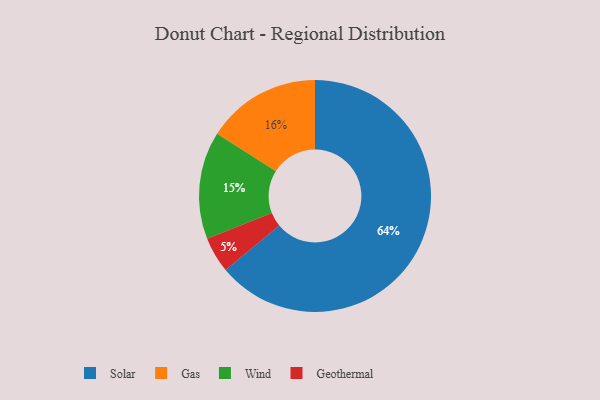
{"axis": {"x": "Category", "y": "Percentage"}, "legend": ["Gas", "Geothermal", "Solar", "Wind"], "data": [{"x": "Geothermal", "y": 5, "type": "Geothermal"}, {"x": "Gas", "y": 16, "type": "Gas"}, {"x": "Solar", "y": 64, "type": "Solar"}, {"x": "Wind", "y": 15, "type": "Wind"}]}